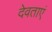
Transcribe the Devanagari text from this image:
देवताएं